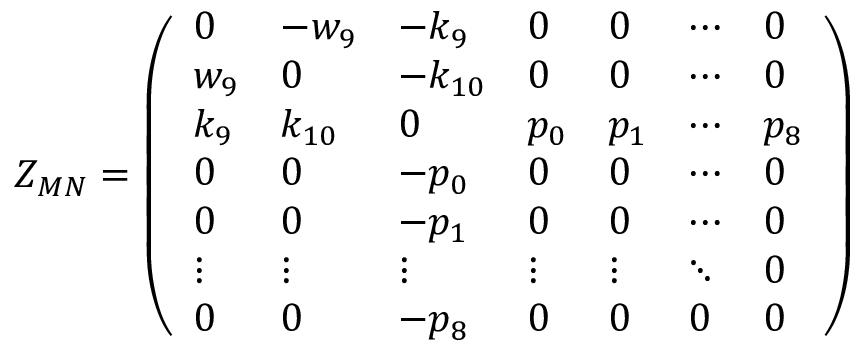
Z _ { M N } = \left( \begin{array} { l l l l l l l } { { 0 } } & { { - w _ { 9 } } } & { { - k _ { 9 } } } & { { 0 } } & { { 0 } } & { { \cdots } } & { { 0 } } \\ { { w _ { 9 } } } & { { 0 } } & { { - k _ { 1 0 } } } & { { 0 } } & { { 0 } } & { { \cdots } } & { { 0 } } \\ { { k _ { 9 } } } & { { k _ { 1 0 } } } & { { 0 } } & { { p _ { 0 } } } & { { p _ { 1 } } } & { { \cdots } } & { { p _ { 8 } } } \\ { { 0 } } & { { 0 } } & { { - p _ { 0 } } } & { { 0 } } & { { 0 } } & { { \cdots } } & { { 0 } } \\ { { 0 } } & { { 0 } } & { { - p _ { 1 } } } & { { 0 } } & { { 0 } } & { { \cdots } } & { { 0 } } \\ { { \vdots } } & { { \vdots } } & { { \vdots } } & { { \vdots } } & { { \vdots } } & { { \ddots } } & { { 0 } } \\ { { 0 } } & { { 0 } } & { { - p _ { 8 } } } & { { 0 } } & { { 0 } } & { { 0 } } & { { 0 } } \end{array} \right)